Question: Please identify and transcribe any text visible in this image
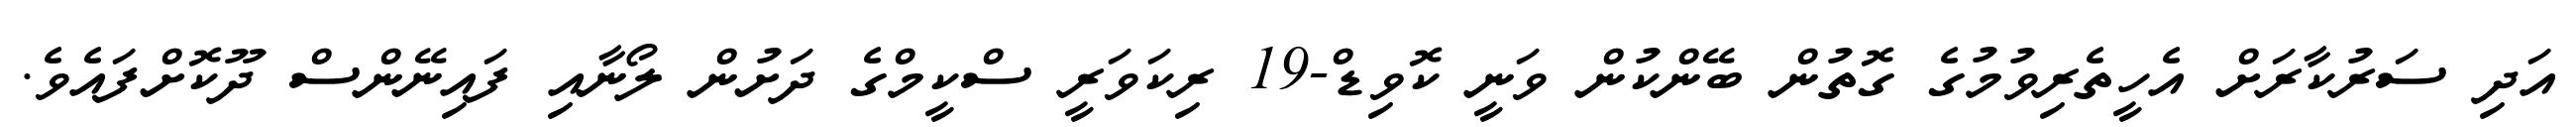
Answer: އަދި ސަރުކާރަށް އެހީތެރިވުމުގެ ގޮތުން ބޭންކުން ވަނީ ކޮވިޑް-19 ރިކަވަރީ ސްކީމްގެ ދަށުން ލޯނާއި ފައިނޭންސް ދޫކޮށްފައެވެ.